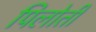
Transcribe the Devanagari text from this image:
पिलोती